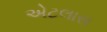
એટલાસ